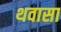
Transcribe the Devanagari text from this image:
थवासा